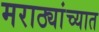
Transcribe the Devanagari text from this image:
मराठ्यांच्यात